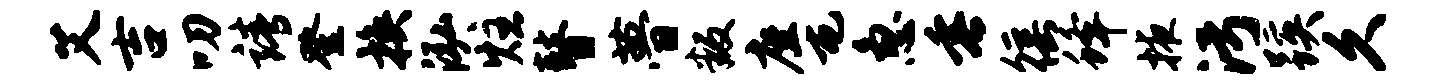
艾吉叨靖登换泓炷瞽瞢叛座屯急垂徭蜂掖污蹊久